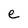
Character: e